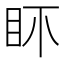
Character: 𥄚